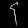
Digit: ၄